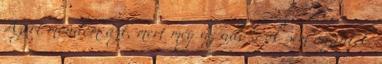
Azért mondom azt, mert még az adó%-ok sem őszinték.